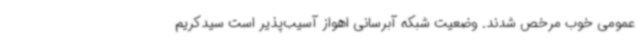
عمومی خوب مرخص شدند. وضعیت شبکه آبرسانی اهواز آسیب‌پذیر است سیدکریم